Annual report of the Prince of Wales Medical College, Patna
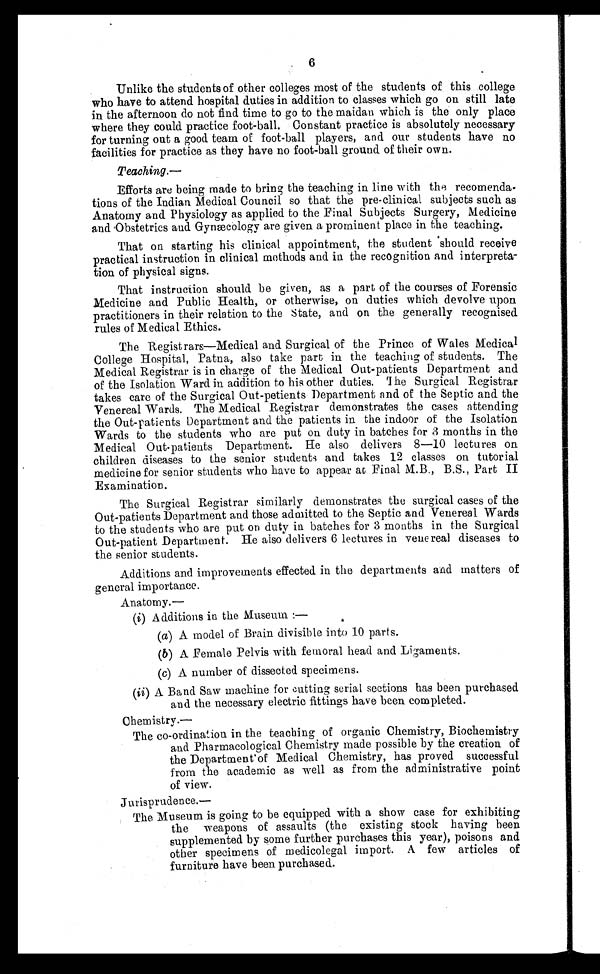
6
Unlike the students of other colleges most of the students of this college
who have to attend hospital duties in addition to classes which go on still late
in the afternoon do not find time to go to the maidan which is the only place
where they could practice foot-ball. Constant practice is absolutely necessary
for turning out a good team of foot-ball players, and our students have no
facilities for practice as they have no foot-ball ground of their own.
Teaching.
—
Efforts are being made to bring the teaching in line with the recomenda-
tions of the Indian Medical Council so that the pre-clinical subjects such as
Anatomy and Physiology as applied to the Final Subjects Surgery, Medicine
and Obstetrics and Gynæcology are given a prominent place in the teaching.
That on starting his clinical appointment, the student should receive
practical instruction in clinical methods and in the recognition and interpreta-
tion of physical signs.
That instruction should be given, as a part of the courses of Forensic
Medicine and Public Health, or otherwise, on duties which devolve upon
practitioners in their relation to the State, and on the generally recognised
rules of Medical Ethics.
The Registrars—Medical and Surgical of the Prince of Wales Medical
College Hospital, Patna, also take part in the teaching of students. The
Medical Registrar is in charge of the Medical Out-patients Department and
of the Isolation Ward in addition to his other duties. The Surgical Registrar
takes care of the Surgical Out-petients Department and of the Septic and the
Venereal Wards. The Medical Registrar demonstrates the cases attending
the Out-patients Department and the patients in the indoor of the Isolation
Wards to the students who are put on duty in batches for 3 months in the
Medical Out-patients Department. He also delivers 8
—10 lectures on
children diseases to the senior students and takes 12 classes on tutorial
medicine for senior students who have to appear at Final M.B., B.S., Part II
Examination.
The Surgical Registrar similarly demonstrates the surgical cases of the
Out-patients Department and those admitted to the Septic and Venereal Wards
to the students who are put on duty in batches for 3 months in the Surgical
Out-patient Department. He also delivers 6 lectures in venereal diseases to
the senior students.
Additions and improvements effected in the departments and matters of
general importance.
Anatomy.—
(i) Additions in the Museum :—
(a) A model of Brain divisible into 10 parts.
(b) A Female Pelvis with femoral head and Ligaments.
(c) A number of dissected specimens.
(ii) A Band Saw machine for cutting serial sections has been purchased
and the necessary electric fittings have been completed.
Chemistry.—
The co-ordination in the teaching of organic Chemistry, Biochemistry
and Pharmacological Chemistry made possible by the creation of
the Department of Medical Chemistry, has proved successful
from the academic as well as from the administrative point
of view.
Ju risprudence.
—
The Museum is going to be equipped with a show case for exhibiting
the weapons of assaults (the existing stock having been
supplemented by some further purchases this year), poisons and
other specimens of medicolegal import. A few articles of
furniture have been purchased.